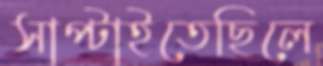
সাপ্‌টাইতেছিলে